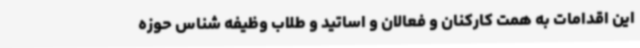
این اقدامات به همت کارکنان و فعالان و اساتید و طلاب وظیفه شناس حوزه